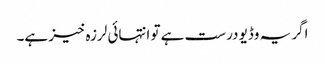
اگر یہ وڈیو درست ہے تو انتہائی لرزہ خیز ہے۔